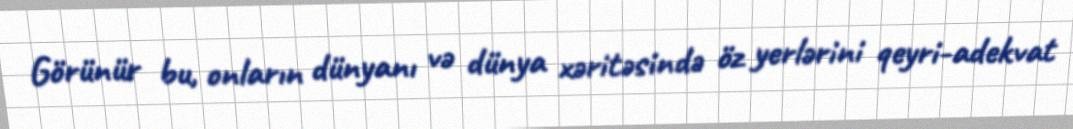
Görünür bu, onların dünyanı və dünya xəritəsində öz yerlərini qeyri-adekvat